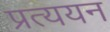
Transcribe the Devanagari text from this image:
प्रत्ययन